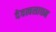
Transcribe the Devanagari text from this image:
देवत्वसाधन